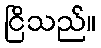
ငြိသည်။